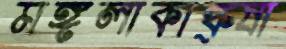
মঙ্গলাকাঙ্ক্ষা